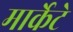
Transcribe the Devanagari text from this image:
मार्केटे